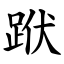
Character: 䟮